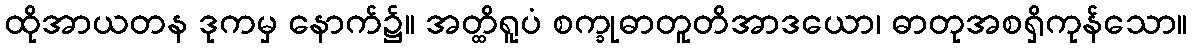
ထိုအာယတန ဒုကမှ နောက်၌။ အတ္ထိရူပံ စက္ခုဓာတူတိအာဒယော၊ ဓာတုအစရှိကုန်သော။